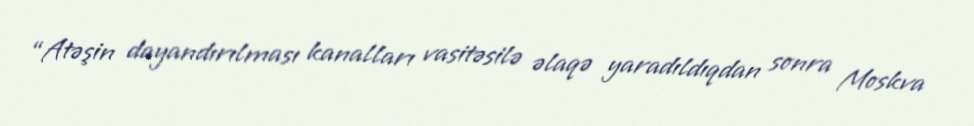
“Atəşin dayandırılması kanalları vasitəsilə əlaqə yaradıldıqdan sonra Moskva